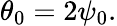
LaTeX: \theta_{0}=2\psi_{0}.